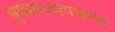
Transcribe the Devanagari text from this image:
मुख्याध्यापकपद